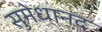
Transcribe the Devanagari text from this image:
सुमेधानंद